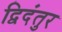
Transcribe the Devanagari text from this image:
द्विदंतुर